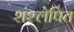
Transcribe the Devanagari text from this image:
शंश्लेषित